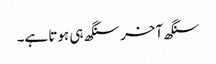
سنگھ آخر سنگھ ہی ہوتا ہے۔